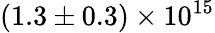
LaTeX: (1.3\pm 0.3)\times 10^{15}